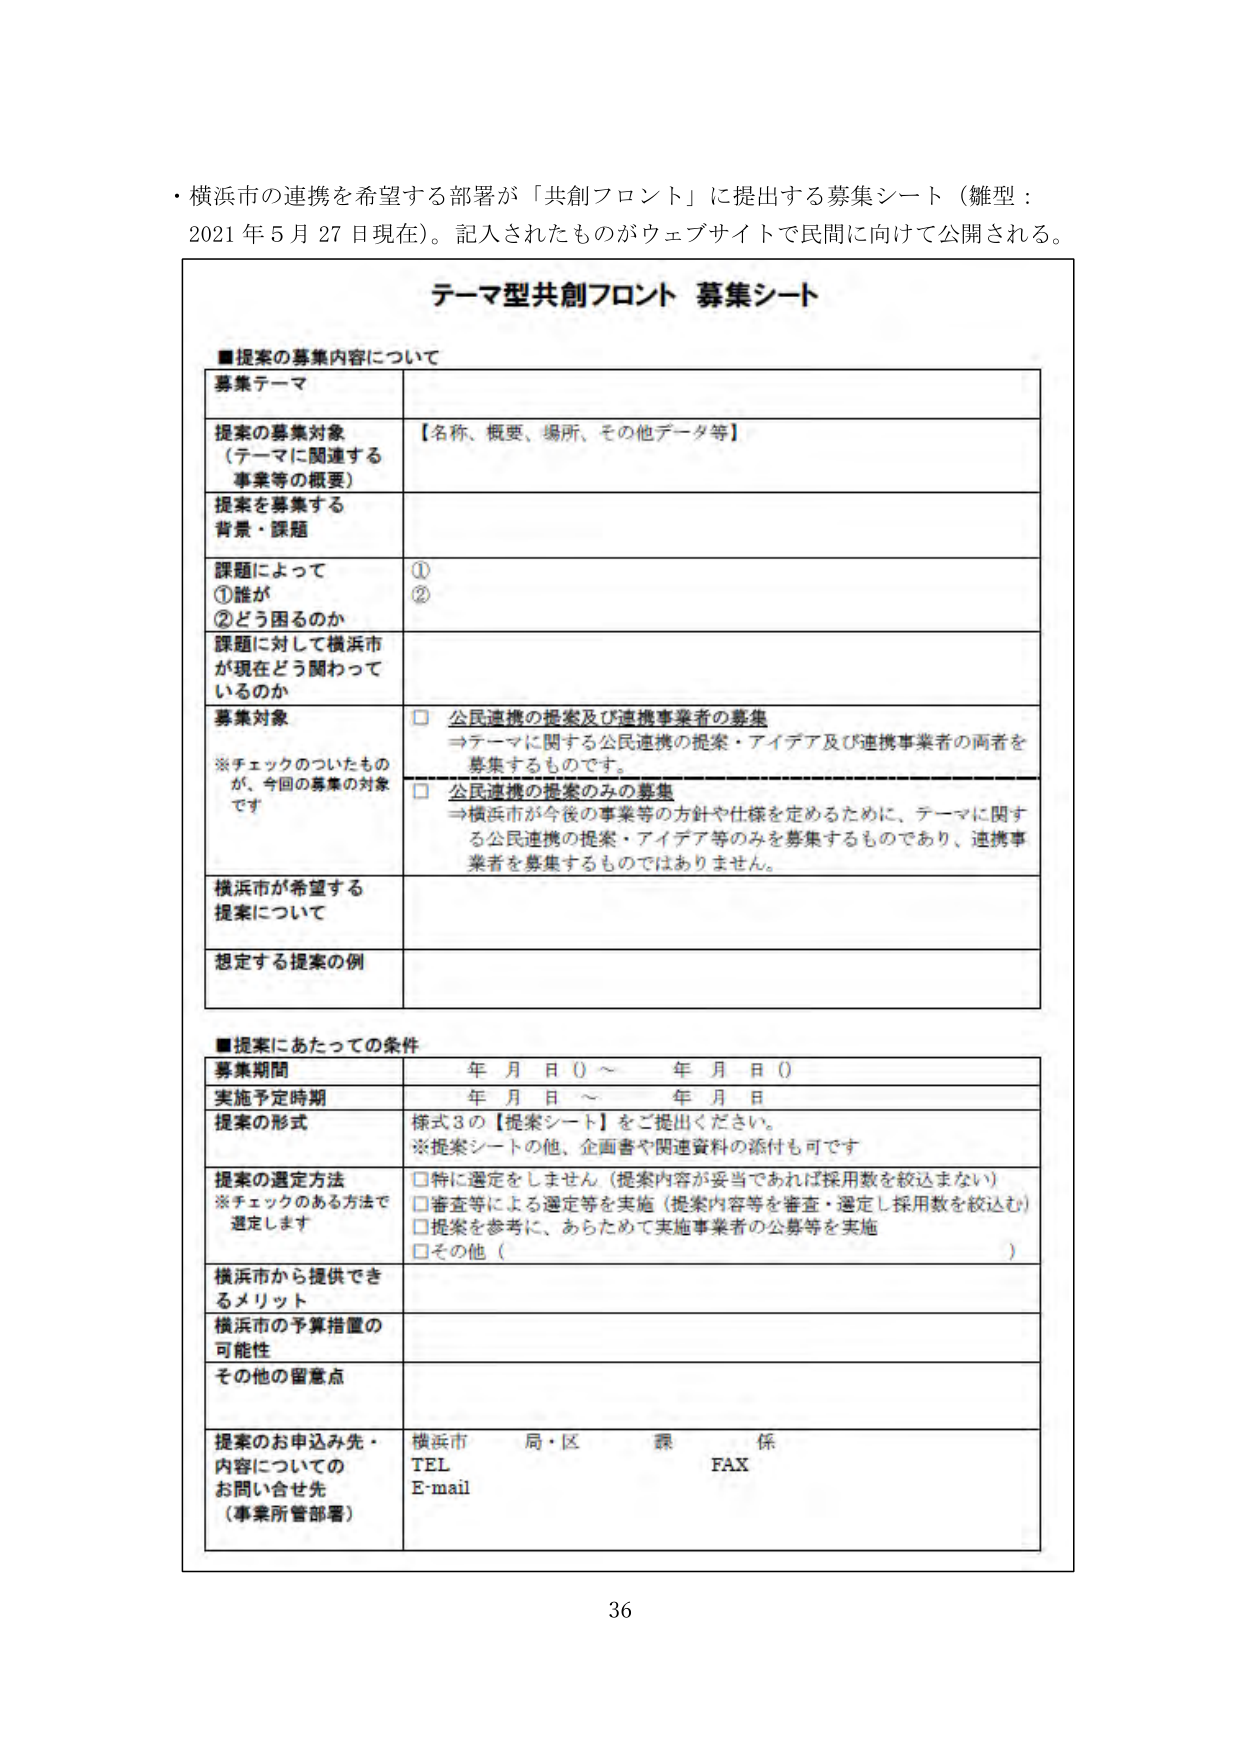
・横浜市の連携を希望する部署が「共創フロント」に提出する募集シート（雛型：2021年5月27日現在）。記入されたものがウェブサイトで民間に向けて公開される。

テーマ型共創フロント 募集シート

■提案の募集内容について

募集テーマ

提案の募集対象（テーマに関連する事業等の概要） 【名称、概要、場所、その他データ等】

提案を募集する背景・課題

課題によって
①誰が
②どう困るのか
①
②

課題に対して横浜市が現在どう関わっているのか

募集対象
※チェックのついたものが、今回の募集の対象です
□ 公民連携の提案及び連携事業者の募集
→テーマに関する公民連携の提案・アイデア及び連携事業者の両者を募集するものです。
□ 公民連携の提案のみの募集
→横浜市が今後の事業等の方針や仕様を定めるために、テーマに関する公民連携の提案・アイデア等のみを募集するものであり、連携事業者を募集するものではありません。

横浜市が希望する提案について

想定する提案の例

■提案にあたっての条件

募集期間 年 月 日（）～ 年 月 日（）

実施予定時期 年 月 日 ～ 年 月 日

提案の形式 様式3の【提案シート】をご提出ください。
※提案シートの他、企画書や関連資料の添付も可です

提案の選定方法
※チェックのある方法で選定します
□特に選定をしません（提案内容が妥当であれば採用数を絞込まない）
□審査等による選定等を実施（提案内容等を審査・選定し採用数を絞込む）
□提案を参考に、あらためて実施事業者の公募等を実施
□その他（ ）

横浜市から提供できるメリット

横浜市の予算措置の可能性

その他の留意点

提案のお申込み先・内容についてのお問い合わせ先（事業所管部署）
横浜市 局・区 課 係
TEL FAX
E-mail

36